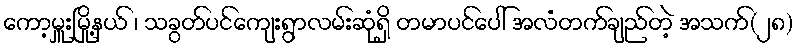
ကော့မှူးမြို့နယ် ၊ သခွတ်ပင်ကျေးရွာလမ်းဆုံရှိ တမာပင်ပေါ် အလံတက်ချည်တဲ့ အသက်(၂၈)